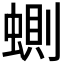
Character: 𧍡